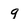
Character: 9